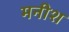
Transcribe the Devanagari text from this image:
मनीश